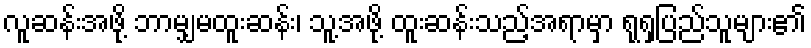
လူဆန်းအဖို့ ဘာမျှမထူးဆန်း၊ သူ့အဖို့ ထူးဆန်းသည့်အရာမှာ ရုရှပြည်သူများ၏